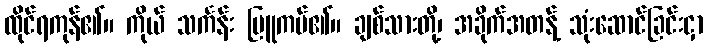
ထိုင်ရကုန်၏။ ကိုယ် သင်္ကန်း မြူကပ်၏။ ချစ်သားတို့၊ အခိုက်အတန့် သုံးဆောင်ခြင်းငှာ